Elephants and their diseases
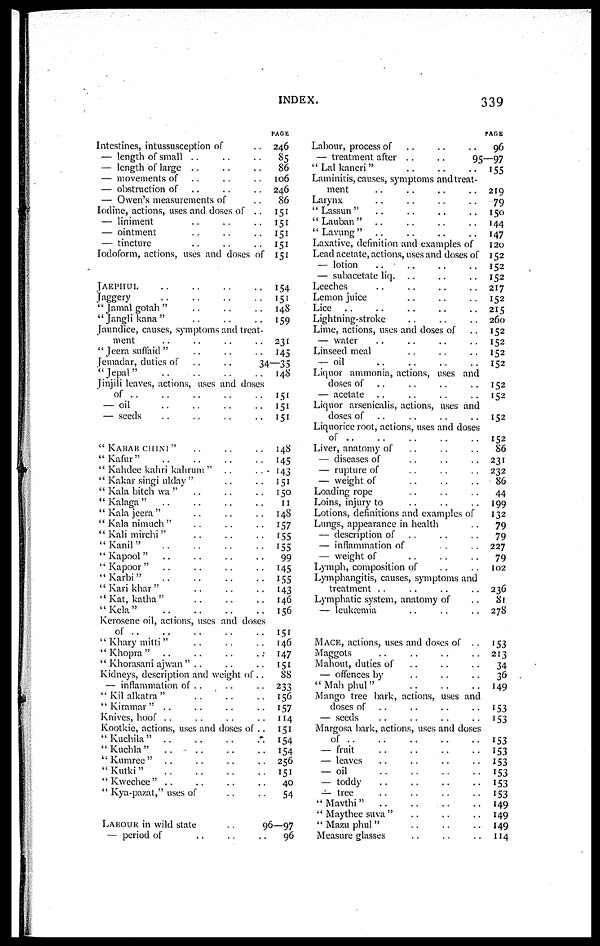
INDEX.
339
Intestines, intussusception of
— length of small ..
— length of large ..
— movements of
— obstruction of
— Owen's measurements of
Iodine, actions, uses and doses of . .
— liniment
— ointment
— tincture
Iodoform, actions, uses and doses of
JAEPHUL
Jaggery
" Jamal gotah "
" Jangli kana "
Jaundice, causes, symptoms and treat-
ment
"Jeera suffaid "
Jemadar, duties of
..
" Jepal "
..
Jinjili leaves, actions, uses and doses
"of
— oil
— seeds
"KABAB CHINl"
"Kafur"
" Kahdee kahri kahrum " ..
. ..
" Kakar singi ulday "
" Kala bitch wa "
"Kalaga"
" Kala jeera "
" Kala nimuch "
" Kali mirchi "
"Kanil"
"Kapool"
" Kapoor "
"Karbi"
" Kari khar "
"Kat, katha"
"Kela"
Kerosene oil, actions, uses and doses
of
'' Khary mitti "
" Khopra"
" Khorasani ajwan " . .
Kidneys, description and weight of..
— inflammation of . .
. .
" Kil alkatra "
" Kiramar "
Knives, hoof
Kootkie, actions, uses and doses of ..
"Kuchila"
"Kuchla"
. .
" Kumree"
"Kutki"
" Kwechee"
" Kya-pazat," uses of
LABOUR in wild state
..
— period of
PAGE
246
85
86
106
246
86
151
151
151
151
151
154
151
148
159
231
145
34—35
148
151
151
151
148
145
143
151
150
11
148
157
155
155
99
145
155
143
146
156
151
146
147
151
88
233
156
157
114
151
154
154
256
151
40
54
96—97
96
Labour, process of
— treatment after . .
. .
"Lal kaneri"
Laminitis, causes, symptoms and treat-
ment
Larynx
" Lassun "
"Lauban"
" Lavung"
Laxative, definition and examples of
Lead acetate, actions, uses and doses of
— lotion
....
— subacetate liq.
Leeches
Lemon juice
Lice ..
..
Lightning-stroke
Lime, actions, uses and doses of
— water
Linseed meal
— oil
Liquor ammonia, actions, uses and
doses of
— acetate
Liquor arsenicalis, actions, uses and
doses of
Liquorice root, actions, uses and doses
of
Liver, anatomy of
— diseases of
— rupture of
— weight of
Loading rope
Loins, injury to
Lotions, definitions and examples of
Lungs, appearance in health
— description of
— inflammation of
— weight of
Lymph, composition of
Lymphangitis, causes, symptoms and
treatment
Lymphatic system, anatomy of
— leukæmia
MACE, actions, uses and doses of ..
Maggots
Mahout, duties of
— offences by
"Mahphul"
Mango tree bark, actions, uses and
doses of
— seeds
Margosa bark, actions, uses and doses
of
— fruit
— leaves
— oil
— toddy
— tree
"Mavthi"
" Maythee suva"
" Mazu phul "
Measure glasses
PAGE
96
95—97
155
219
79
150
144
147
120
152
152
152
217
152
215
260
152
152
152
152
152
152
152
152
86
231
232
86
44
199
132
79
79
227
79
102
236
81
278
153
213
34
36
149
153
153
153
153
153
153
153
153
149
149
149
114